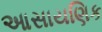
આસાયણિક